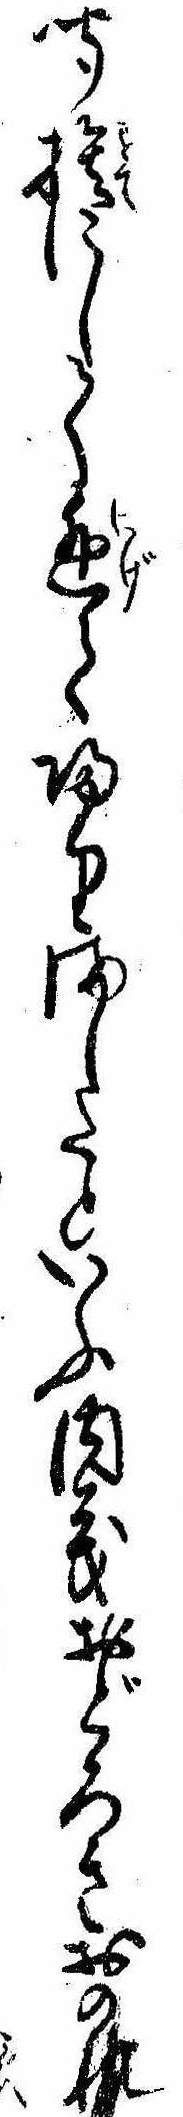
聞捨にして逃て帰りましたといふ内義おどろきおのれ